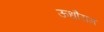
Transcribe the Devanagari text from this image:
ऊधौराम